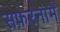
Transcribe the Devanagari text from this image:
सफ़रनामे